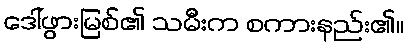
ဒေါ်ဖွားမြစ်၏ သမီးက စကားနည်း၏။